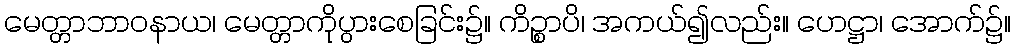
မေတ္တာဘာဝနာယ၊ မေတ္တာကိုပွားစေခြင်း၌။ ကိဉ္စာပိ၊ အကယ်၍လည်း။ ဟေဋ္ဌာ၊ အောက်၌။